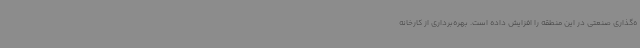
ه‌گذاری صنعتی در این منطقه را افزایش داده است. بهره‌برداری از کارخانه